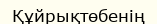
Құйрықтөбенің